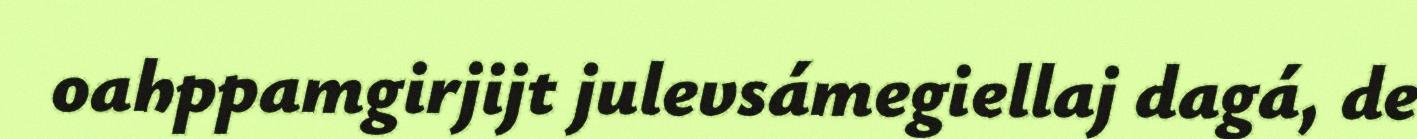
oahppamgirjijt julevsámegiellaj dagá, de